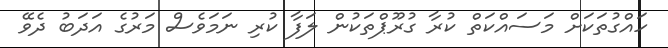
ހައްގުތަކަށް މަސައްކަތް ކުރާ ގުރޫޕްތަކުން ލަފާ ކުރި ނަމަވެސް މަރުގެ އަދަބު ދެވޭ